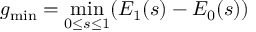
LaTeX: g _ { \mathrm { m i n } } = \operatorname* { m i n } _ { 0 \leq s \leq 1 } ( E _ { 1 } ( s ) - E _ { 0 } ( s ) )